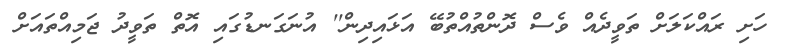
ހަށި ރައްކަލަށް ތަވީދެއް ވެސް ދޮންތުއްތުބޭ އަޅައިދިން'' އުނަގަނޑުގައި އޮތް ތަވީދު ޖަމިއްތައަށް